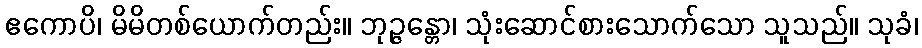
ဧကောပိ၊ မိမိတစ်ယောက်တည်း။ ဘုဉ္ဇန္တော၊ သုံးဆောင်စားသောက်သော သူသည်။ သုခံ၊